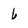
Character: 6